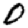
Digit: 0